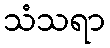
သံသရာ